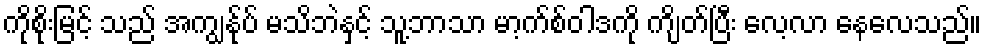
ကိုစိုးမြင့် သည် အကျွန်ုပ် မသိဘဲနှင့် သူ့ဘာသာ မာ့က်စ်ဝါဒကို ကျိတ်ပြီး လေ့လာ နေလေသည်။